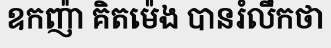
ឧកញ៉ា គិតម៉េង បានរំលឹកថា